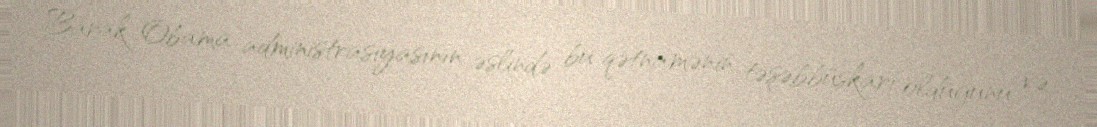
Barak Obama administrasiyasının əslində bu qətnamənin təşəbbüskarı olduğunu və